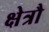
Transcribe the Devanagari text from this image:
क्षेत्रौ